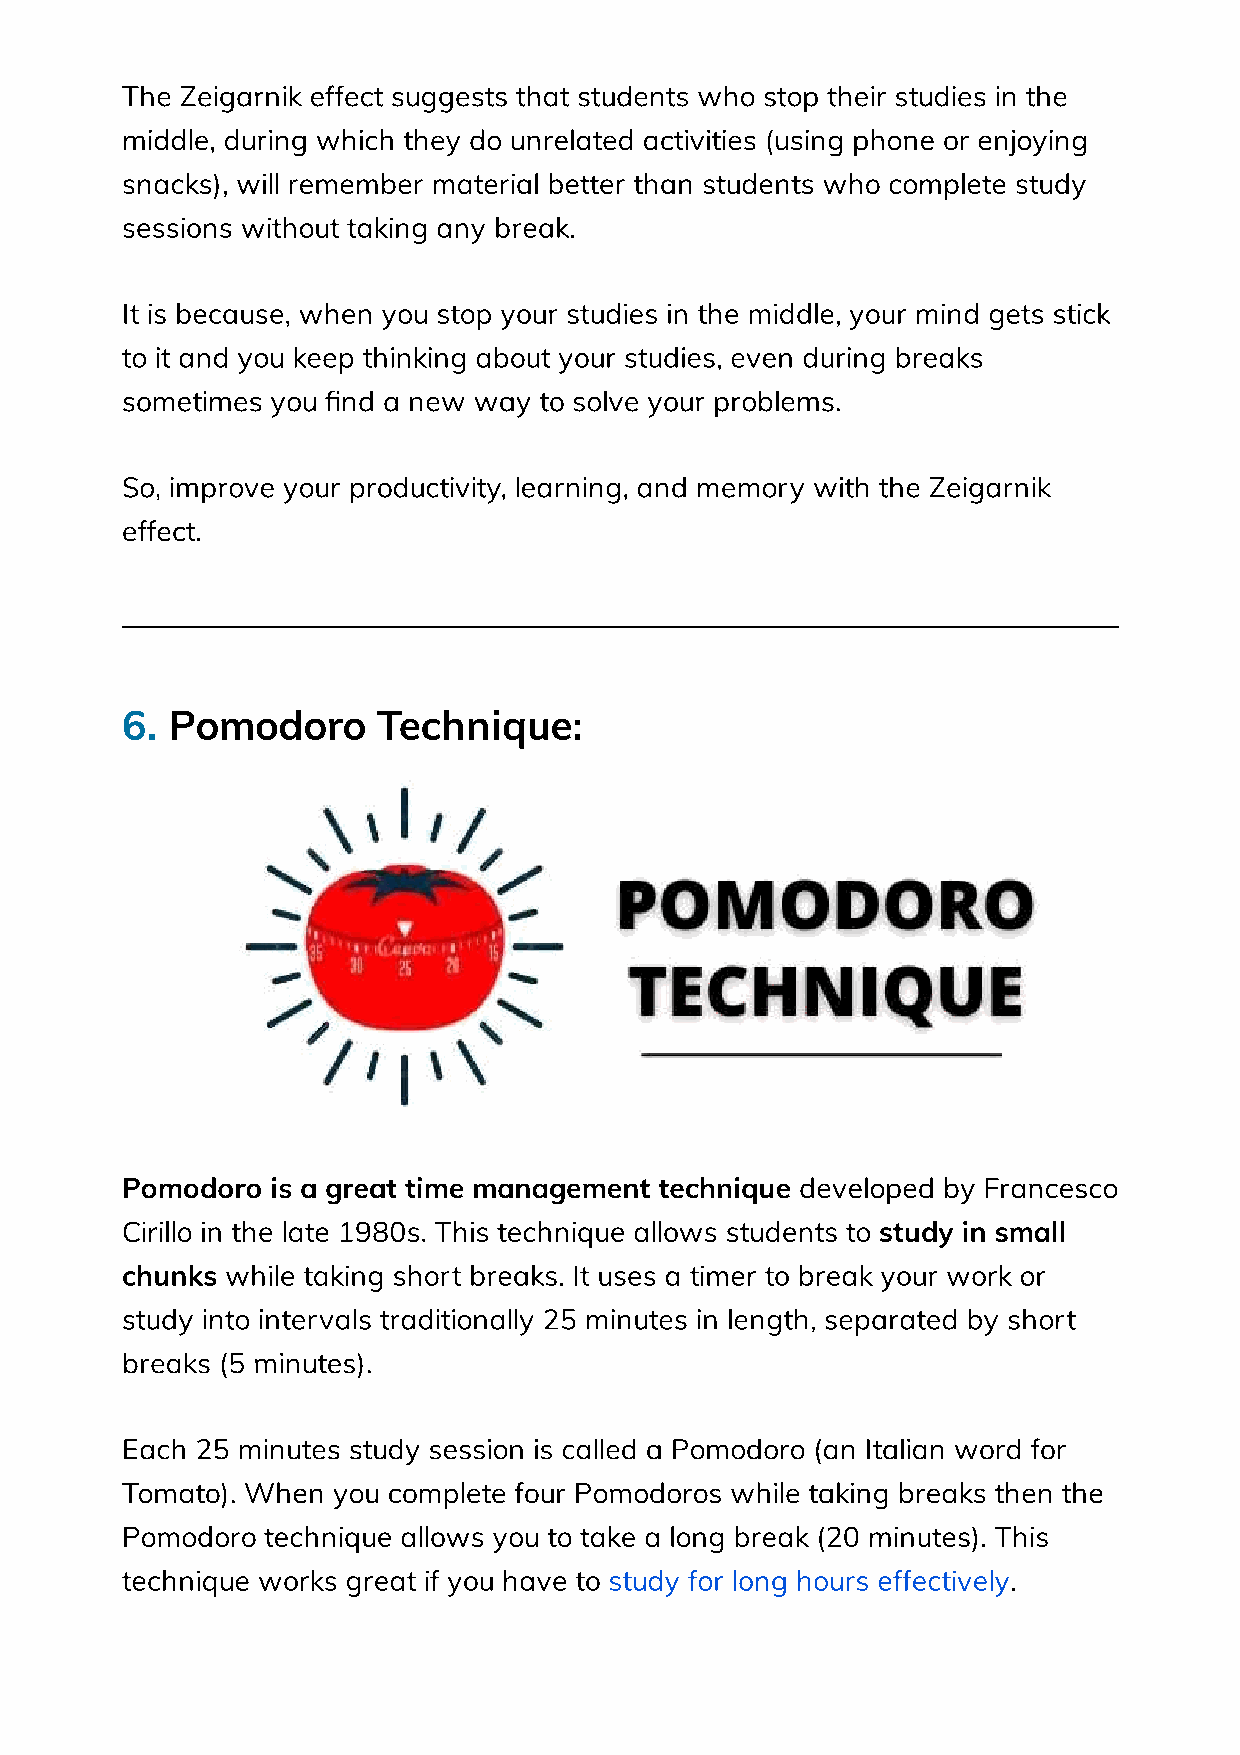
The Zeigarnik effect suggests that students who stop their studies in the
 middle, during which they do unrelated activities (using phone or enjoying
 snacks), will remember material better than students who complete study
 sessions without taking any break.
 It is because, when you stop your studies in the middle, your mind gets stick
 to it and you keep thinking about your studies, even during breaks
 sometimes you nd a new way to solve your problems.
 So, improve your productivity, learning, and memory with the Zeigarnik
 effect.
 6. Pomodoro      Technique:
 Pomodoro  is a great time management technique developed by Francesco
 Cirillo in the late 1980s. This technique allows students to study in small
 chunks while taking short breaks. It uses a timer to break your work or
 study into intervals traditionally 25 minutes in length, separated by short
 breaks (5 minutes).
 Each 25 minutes study session is called a Pomodoro (an Italian word for
 Tomato). When you complete four Pomodoros while taking breaks then the
 Pomodoro technique allows you to take a long break (20 minutes). This
 technique works great if you have to study for long hours effectively.